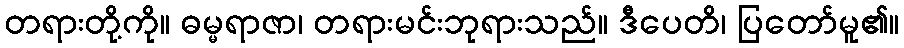
တရားတို့ကို။ ဓမ္မရာဇာ၊ တရားမင်းဘုရားသည်။ ဒီပေတိ၊ ပြတော်မူ၏။